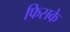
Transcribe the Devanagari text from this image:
फिसके